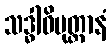
သဒ္ဓါဓိမုတ္တာနံ